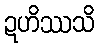
ဍဟိဿသိ